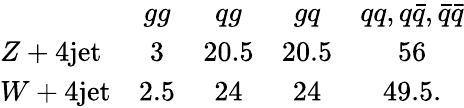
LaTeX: \begin{array}{lcccc}{{}}&{{gg}}&{{qg}}&{{gq}}&{{qq,q\bar{q},\bar{q}\bar{q}}}\\ {{Z+4\mathrm{jet}}}&{{3}}&{{20.5}}&{{20.5}}&{{56}}\\ {{W+4\mathrm{jet}}}&{{2.5}}&{{24}}&{{24}}&{{49.5.}}\end{array}